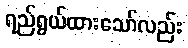
ရည်ရွယ်ထားသော်လည်း